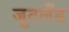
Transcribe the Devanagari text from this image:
जुटलँड